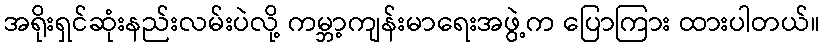
အရိုးရှင်ဆုံးနည်းလမ်းပဲလို့ ကမ္ဘာ့ကျန်းမာရေးအဖွဲ့က ပြောကြား ထားပါတယ်။